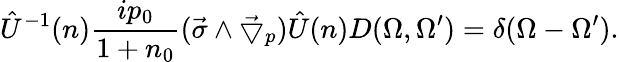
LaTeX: \hat{U}^{-1}(n)\frac{ip_{0}}{1+n_{0}}(\vec{\sigma}\wedge\vec{\bigtriangledown}_{p})\hat{U}(n)D(\Omega,\Omega^{\prime})=\delta(\Omega-\Omega^{\prime}).